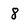
Character: 8